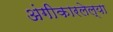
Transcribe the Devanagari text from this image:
अंगीकारलेल्या